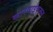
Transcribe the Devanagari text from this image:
कारवाईकरून